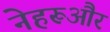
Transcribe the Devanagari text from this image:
नेहरूऔर